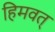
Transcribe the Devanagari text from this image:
हिमवत्‌